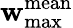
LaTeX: \mathbf{w}_{\mathrm{{max}}}^{\mathrm{{mean}}}